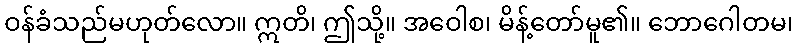
ဝန်ခံသည်မဟုတ်လော။ ဣတိ၊ ဤသို့။ အဝေါစ၊ မိန့်တော်မူ၏။ ဘောဂေါတမ၊